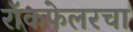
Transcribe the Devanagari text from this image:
रॉकफेलरचा